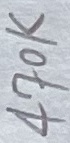
Text: 470K